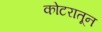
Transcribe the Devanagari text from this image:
कोटरातून